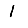
Digit: 1